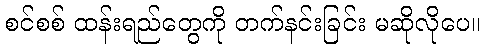
စင်စစ် ထန်းရည်တွေကို တက်နင်းခြင်း မဆိုလိုပေ။